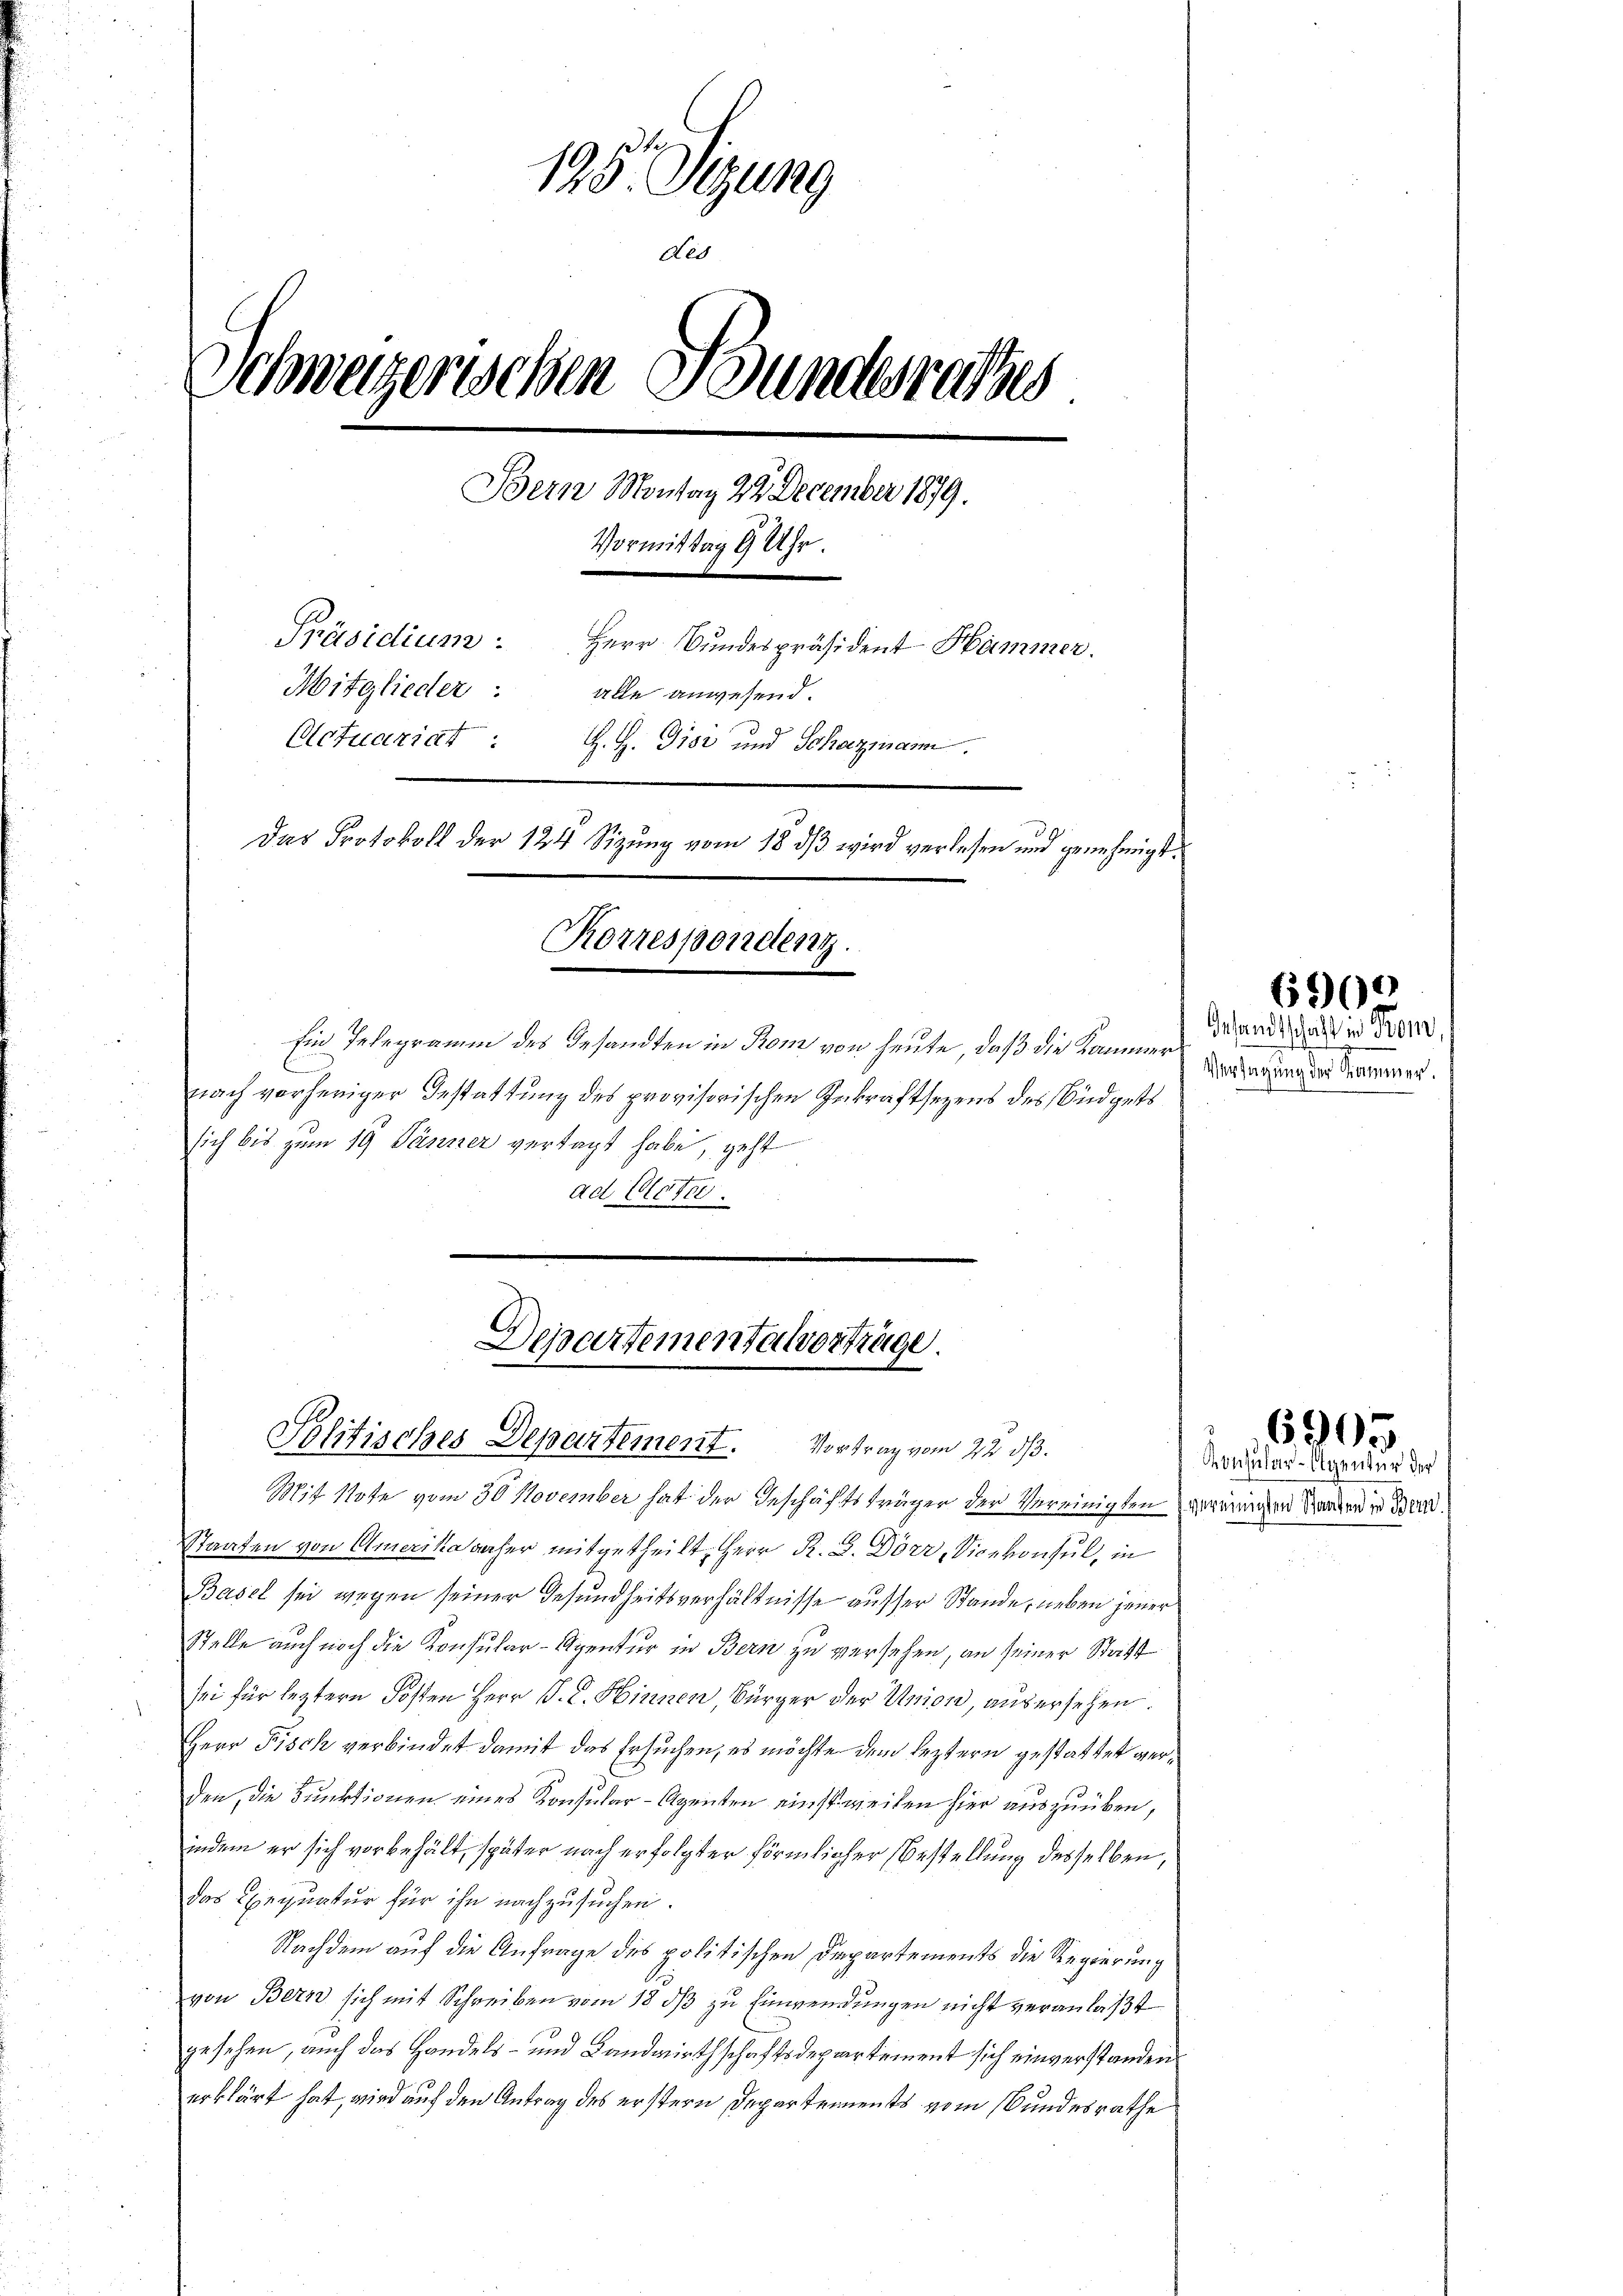
135. Sitzung
des
Schweizerischen Bundesrathes
Bern Montag 22. December 1879.
Vormittag 8 Uhr.
Präsidium. Herr Bundespräsident Hammer.
Mitglieder:
alle anwesend.
Actuariat
H. H. Gior und Schazmann.
Das Protokoll der 124 Sizung vom 18 dß wird verlesen und genehmigt.
Korrespondenz.
Ein Telegramm des Gesandten in Rom von heute, daß die Kammer
nach vorheriger Gestattung des provisorischen Inkraftsezens des Büdgets

sich bis zum 19 Pässer vertagt habe, geht
ad Peter.

Departementalvertrage.
Solitisches Departement. Vortrag vom 22. ds.

Mit Note vom 30 November hat der Geschäftsträger der Vereinigten
Staaten von Amerika näher mitgetheilt, Herr R. G. Dörr, Vicekonsul, in
Basel sei wegen seiner Gesundheitsverhältnisse ausser Stande, neben jener
Stelle auch noch die Konsular-Agentur in Bern zu versehen, an seiner Statt
sei für letztern Kosten Herr P. C. Hinnen, Bürger der Union, aus ersehen.
Herr Fisch verbindet damit das Ersuchen, es möchte dem leztern gestattet verden, die Funktionen eines Konsular-Agenten einstweilen hier auszuüben,
indem er sich vorbehält, später nach erfolgter förmlicher Bestellung desselben,
das Exequatur für ihn nachzusuchen.
Nachdem auf die Anfrage des politischen Departements die Regierung
von Bern sich mit Schreiben vom 18 dß zu Einwendungen nicht veranlaßt
gesehen, auch das Handels- und Landwirthschaftsdepartement sich einverstanden
erklärt hat, wird auf den Antrag des erstern Departements vom Bundesrathe

Gesandtschaft in Prom
Verfügung der Sammer.

900

6905

ongular-Agentur der
vereinigten Staaten in Bern.